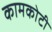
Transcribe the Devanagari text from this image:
कामकोटी